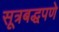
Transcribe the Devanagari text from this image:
सूत्रबद्धपणे